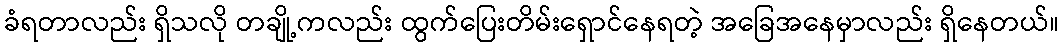
ခံရတာလည်း ရှိသလို တချို့ကလည်း ထွက်ပြေးတိမ်းရှောင်နေရတဲ့ အခြေအနေမှာလည်း ရှိနေတယ်။